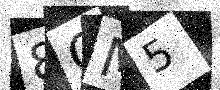
Text: 8OM5